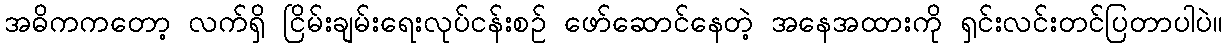
အဓိကကတော့ လက်ရှိ ငြိမ်းချမ်းရေးလုပ်ငန်းစဉ် ဖော်ဆောင်နေတဲ့ အနေအထားကို ရှင်းလင်းတင်ပြတာပါပဲ။